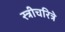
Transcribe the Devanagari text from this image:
स्त्रीचरित्रे